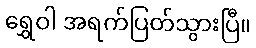
ရွှေဝါ အရက်ပြတ်သွားပြီ။